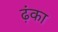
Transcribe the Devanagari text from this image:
ढ़ंका